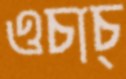
ওচাচ্